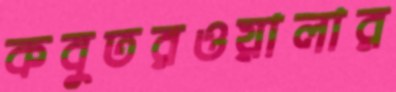
কবুতরওয়ালার